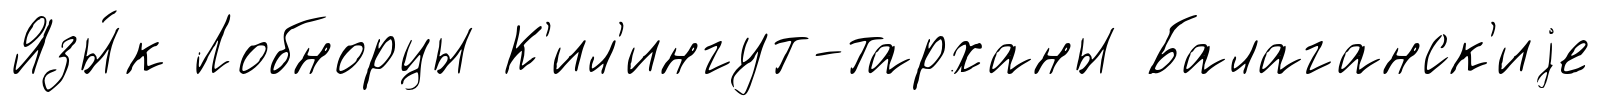
Язы́к Лобнорцы К'ил'ингут-тарханы Балаганск'иjе